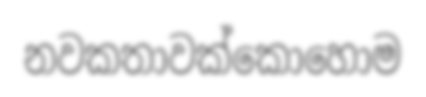
නවකතාවක්කොහොම